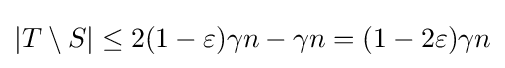
|T\setminus S|\leq 2(1-\varepsilon )\gamma n-\gamma n=(1-2\varepsilon )\gamma n